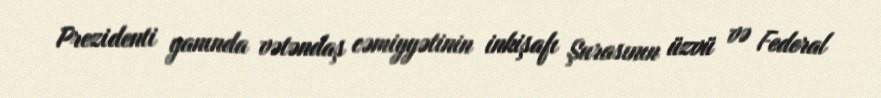
Prezidenti yanında vətəndaş cəmiyyətinin inkişafı Şurasının üzvü və Federal